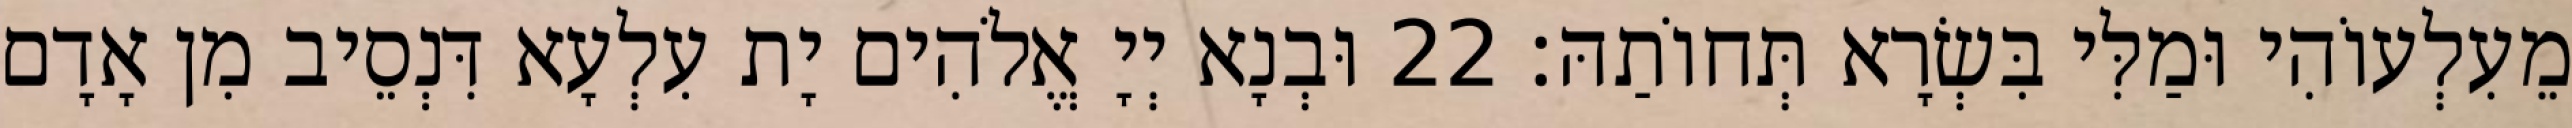
מֵעִלְעוֹהִי וּמַלִּי בִּשְׂרָא תְּחוֹתַהּ׃ 22 וּבְנָא יְיָ אֱלֹהִים יָת עִלְעָא דִּנְסֵיב מִן אָדָם